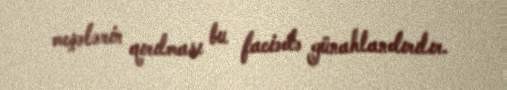
meşələrin qırılması bu faciədə günahlandırılır.